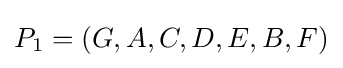
P_{1}=\left(G,A,C,D,E,B,F\right)